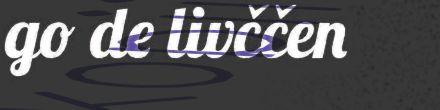
go de livččen